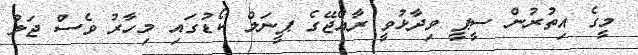
މީގެ އިތުރުން ސީޕީ ވިދާޅުވީ ރާއްޖޭގެ ޕީނަލް ކޯޑުގައި މިހާރު ވެސް ޖަލު